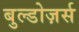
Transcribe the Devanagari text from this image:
बुल्डोज़र्स